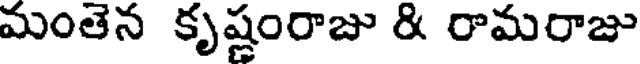
మంతెన కృష్ణంరాజు & రామరాజు